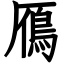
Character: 鴈